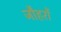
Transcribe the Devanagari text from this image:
जौहरों